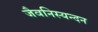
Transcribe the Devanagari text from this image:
जैवनिस्यन्दन